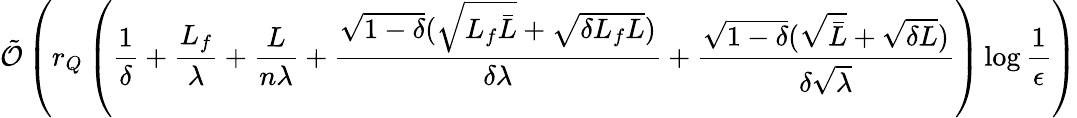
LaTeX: {\tilde{\cal O}}\left(r_{Q}\left(\frac{1}{\delta}+\frac{L_{f}}{\lambda}+\frac{L}{n\lambda}+\frac{\sqrt{1-\delta}(\sqrt{L_{f}{\bar{L}}}+\sqrt{\delta L_{f}L})}{\delta\lambda}+\frac{\sqrt{1-\delta}(\sqrt{\bar{L}}+\sqrt{\delta L})}{\delta\sqrt{\lambda}}\right)\log\frac{1}{\epsilon}\right)